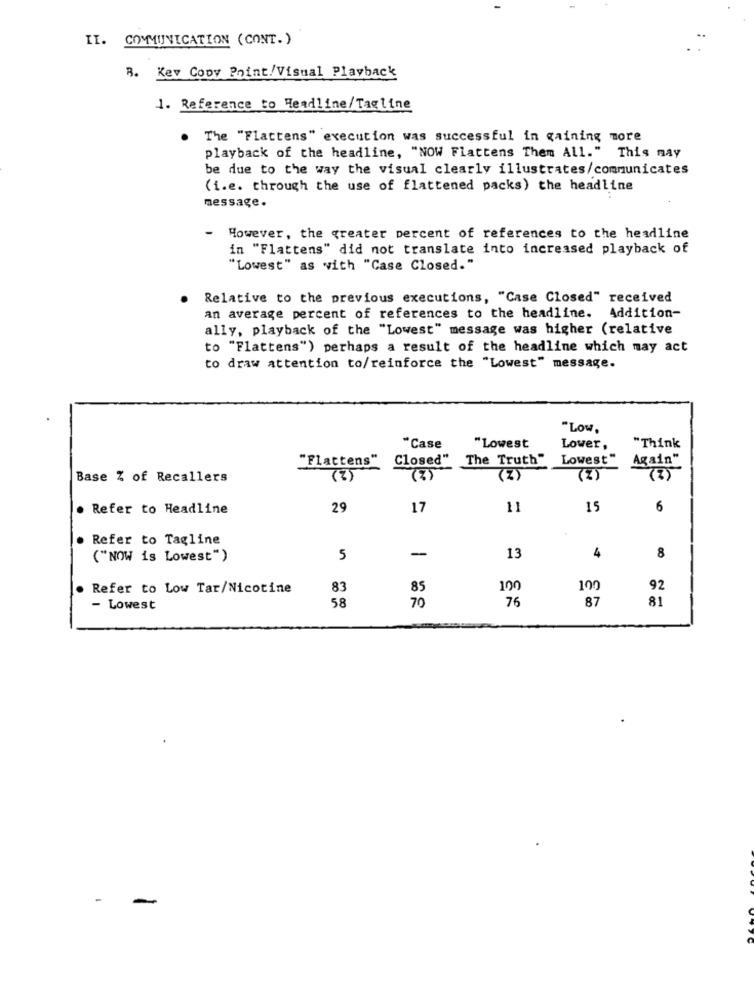
II. COMMUNICATION (CONT.)
R. Kev Copy Point/Visual Playback
1. Reference to Headline/Tagline
The "Flattens" execution was successful in gaining more
playback of the headline, "NOW Flattens Them All." This may
be due to the way the visual clearly illustrates/communicates
(i.e. through the use of flattened packs) the headline
message.
However, the greater percent of references to the headline
in "Flattens" did not translate into increased playback of
"Lowest" as with "Case Closed."
Relative to the previous executions, "Case Closed" received
an average percent of references to the headline. Addition-
ally, playback of the "Lowest" message was higher (relative
to "Flattens") perhaps a result of the headline which may act
to draw attention to/reinforce the "Lowest" message.
"Low.
"Lowest
*Case
Lower,
"Think
"Flattens"
Closed"
The Truth"
Lowest"
Again"
Base % of Recallers
(2)
(3)
(Z)
(2)
(2)
. Refer to Headline
29
17
11
15
6
. Refer to Tagline
4
8
("NOW is Lowest")
5
-
13
. Refer to Low Tar/Nicotine
83
85
100
190
92
58
70
75
87
81
- Lowest
-